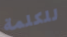
للكلمة